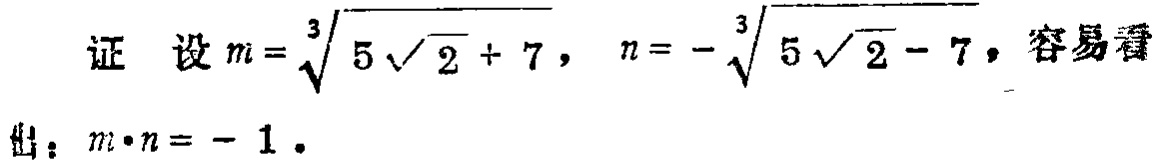
证 设\(m = \sqrt[3]{5\sqrt{2}+7}\)，\(n = -\sqrt[3]{5\sqrt{2}-7}\)，容易看出：\(m\cdot n = - 1\)。